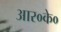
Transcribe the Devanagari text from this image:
आर०के०